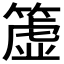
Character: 𥲤